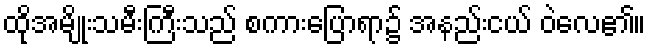
ထိုအမျိုးသမီးကြီးသည် စကားပြောရာ၌ အနည်းငယ် ဝဲလေ၏။